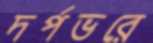
দর্পভরে